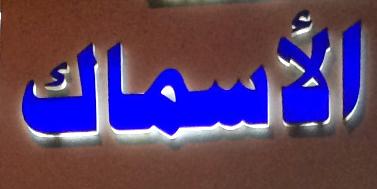
الأسماك